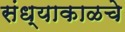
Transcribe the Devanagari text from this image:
संध्याकाळचे